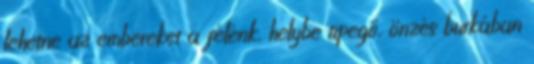
lehetne az embereket a félénk, helybe tipegő, önzés burkában